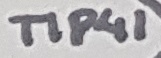
Text: TIP41